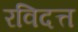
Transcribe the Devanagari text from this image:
रविदत्त